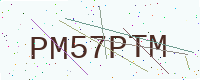
Text: PM57PTM